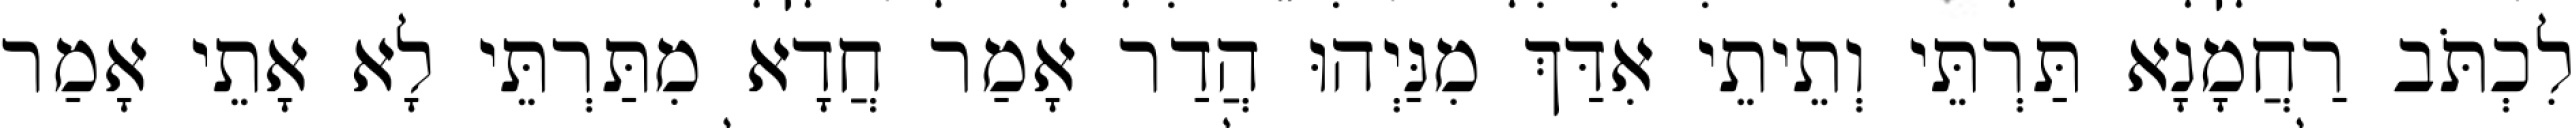
לִכְתֹּב רַחֲמָנָא תַּרְתֵּי וְתֵיתֵי אִדַּךְ מִנַּיְהוּ הֲדַר אָמַר חֲדָא מִתַּרְתֵּי לָא אָתֵי אָמַר